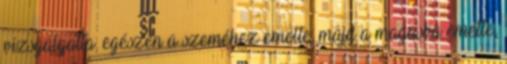
vizsgálgatta, egészen a szeméhez emelte, majd a magasba emelte,